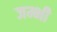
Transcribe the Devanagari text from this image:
जम्भी